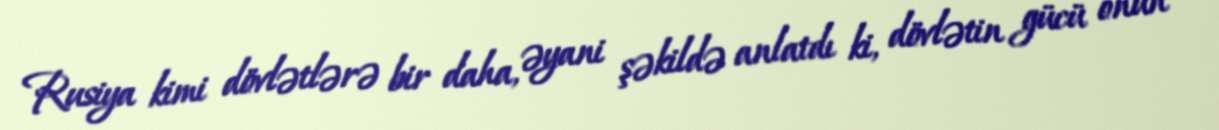
Rusiya kimi dövlətlərə bir daha, əyani şəkildə anlatdı ki, dövlətin gücü onun